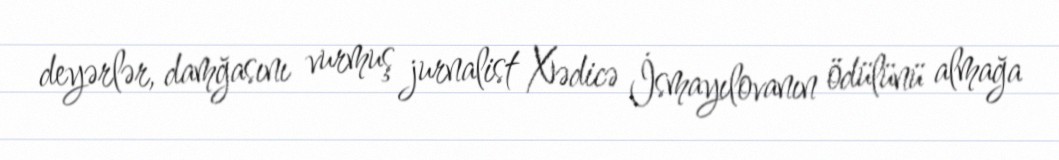
deyərlər, damğasını vurmuş jurnalist Xədicə İsmayılovanın ödülünü almağa